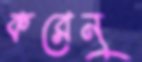
করেনু